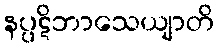
နပ္ပဋိဘာသေယျာတိ